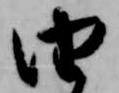
由